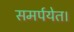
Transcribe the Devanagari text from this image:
समर्पयेत।